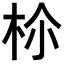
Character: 𣐐